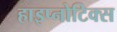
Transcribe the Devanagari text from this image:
हाइप्नोटिक्स